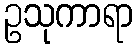
ဥသုကာရာ